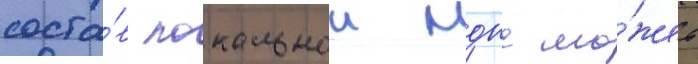
соста́в локальнои мдпс мо́жет